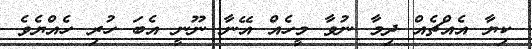
ކިޔާ އެއްޗެއް ދިމާ ނުވާ މީހެއް އޭނާ ނޫނީ އެބަ ހުރި ހެއްޔެވެ